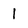
Character: 1